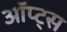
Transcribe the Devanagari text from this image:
ऑप्ट्स